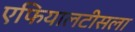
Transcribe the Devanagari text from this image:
एफियालटीसला